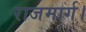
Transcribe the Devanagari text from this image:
राजमार्ग।